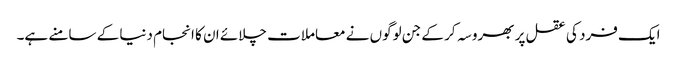
ایک فرد کی عقل پر بھروسہ کر کے جن لوگوں نے معاملات چلائے ان کا انجام دنیا کے سامنے ہے۔